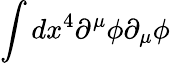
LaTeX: \int dx^{4}\partial^{\mu}\phi\partial_{\mu}\phi